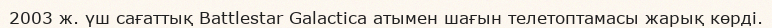
2003 ж. үш сағаттық Battlestar Galactica атымен шағын телетоптамасы жарық көрді.